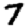
Digit: 7